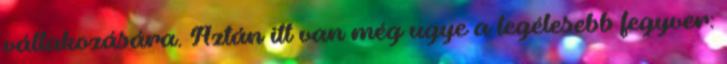
váltakozására. Aztán itt van még ugye a legélesebb fegyver: